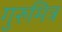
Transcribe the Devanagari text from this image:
गुरुमित्र